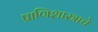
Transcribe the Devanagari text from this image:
प्राणिशास्त्राचे